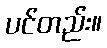
ပင်တည်း။